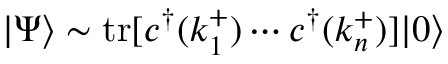
| \Psi \rangle \sim \mathrm { t r } [ c ^ { \dagger } ( k _ { 1 } ^ { + } ) \cdots c ^ { \dagger } ( k _ { n } ^ { + } ) ] | 0 \rangle